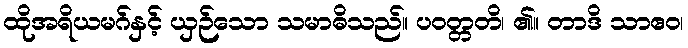
ထိုအရိယမဂ်နှင့် ယှဉ်သော သမာဓိသည်။ ပဝတ္တတိ၊ ၏။ တာဒိ သာဧဝ၊